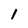
Character: 1